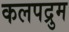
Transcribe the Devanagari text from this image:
कलपद्रुम